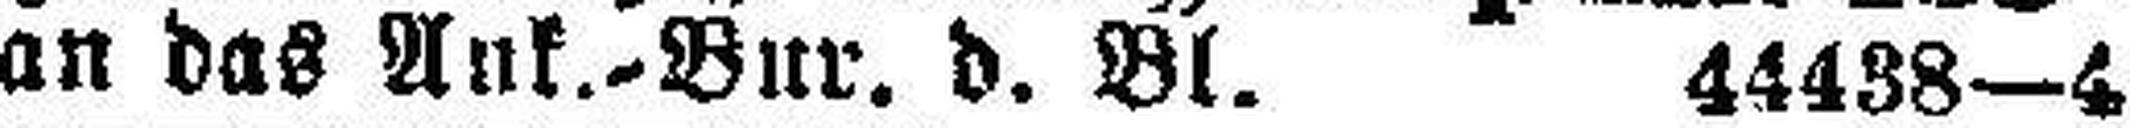
an das Ank.-Bur. d. Bl. 44438—4